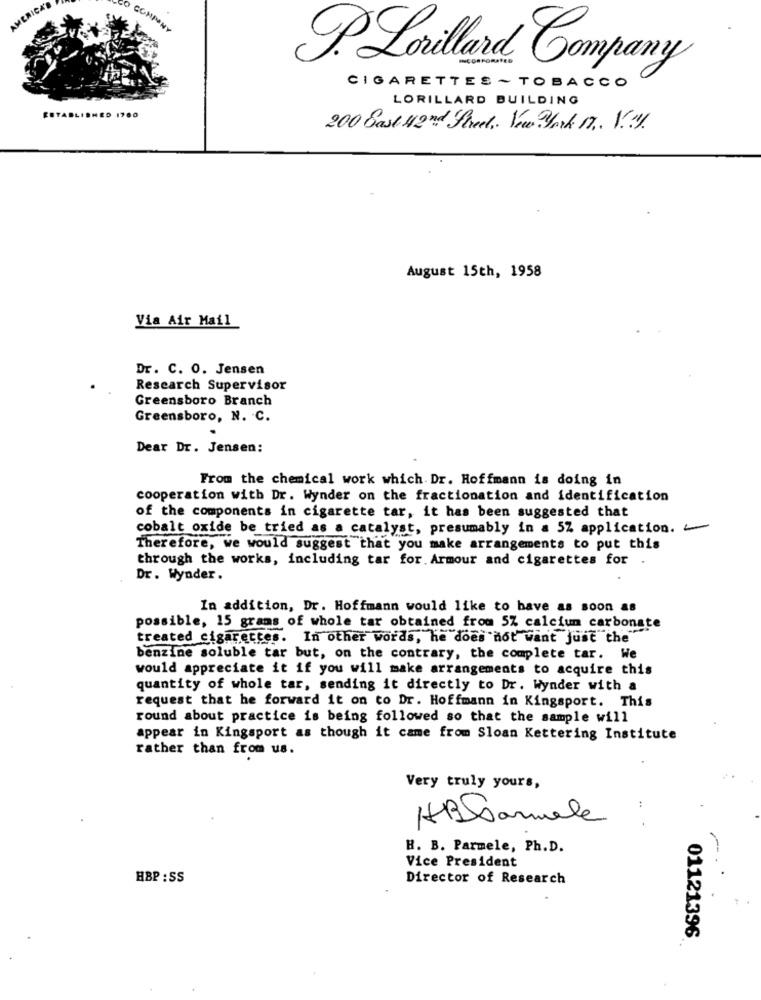
AMERICA'
P.Lorilard Company
CIGARETTES - TOBACCO
LORILLARD BUILDING
ESTABLISHED 1700
200 East 42nd Street. New York M. V.y.
August 15th, 1958
Via Air Mail
Dr. C. O. Jensen
Research Supervisor
Greensboro Branch
Greensboro, N. C.
Dear Dr. Jensen:
From the chemical work which Dr. Hoffmann is doing in
cooperation with Dr. Wynder on the fractionation and identification
of the components in cigarette tar, it has been suggested that
cobalt oxide be tried as a catalyst, presumably in a 5% application. -
Therefore, we would suggest that you make arrangements to put this
through the works, including tar for. Armour and cigarettes for .
Dr. Wynder.
In addition, Dr. Hoffmann would like to have as soon as
possible, 15 grams of whole tar obtained from 5% calcium carbonate
treated cigarettes. In other words, he does not want just the
benzine soluble tar but, on the contrary, the complete tar. We
would appreciate it if you will make arrangements to acquire this
quantity of whole tar, sending it directly to Dr. Wynder with a
request that he forward it on to Dr. Hoffmann in Kingsport. This
round about practice is being followed so that the sample will
appear in Kingsport as though it came from Sloan Kettering Institute
rather than from us.
Very truly yours,
ABSamale
H. B. Parmele, Ph. D.
Vice President
HBP : SS
Director of Research
01121396